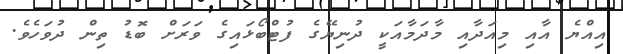
އިއްޔެ އާއި މިއަދާއި މާދަމާއަކީ ދުނިޔޭގެ ފުޓްބޯޅައިގެ ވަރަށް ބޮޑު ތިން ދުވަހެވެ.